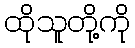
ထိုသူတို့ကို